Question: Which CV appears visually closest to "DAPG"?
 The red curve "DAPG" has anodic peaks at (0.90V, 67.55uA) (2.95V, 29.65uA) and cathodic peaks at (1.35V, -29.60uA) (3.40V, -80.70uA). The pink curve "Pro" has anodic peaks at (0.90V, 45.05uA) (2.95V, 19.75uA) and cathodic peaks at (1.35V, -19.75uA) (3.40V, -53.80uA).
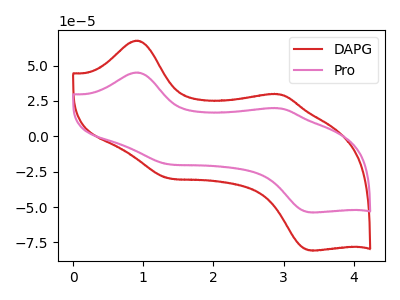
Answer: <think>All the peaks in "DAPG" have a peak in "Pro" at the same potential. Every peak in "DAPG" is higher than every peak in "Pro".
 </think>
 <answer>The CV with the most similar shape to "Pro" is "DAPG".</answer>
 <eval>"DAPG"</eval>